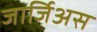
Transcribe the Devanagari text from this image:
जार्जिअस